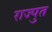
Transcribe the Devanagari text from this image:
राज्पुत